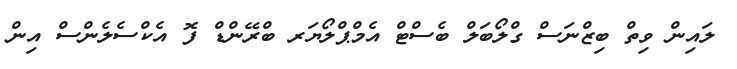
ލައިން ވިތް ބިޒްނަސް ގްލޯބަލް ބެސްޓް އެމްޕްލޯޔަރ ބްރޭންޑް ފޮ އެކްސެލެންސް އިން